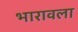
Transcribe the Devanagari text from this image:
भारावला